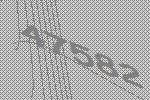
47582